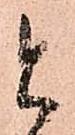
と